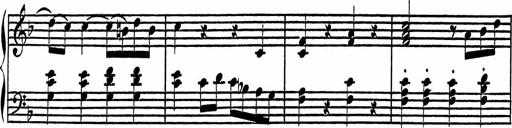
Title: 4 Piano Sonatinas
Composer: Adam Geibel